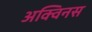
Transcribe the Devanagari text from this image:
अक्विनस